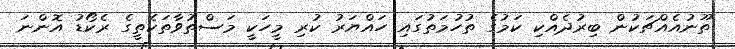
ތޫނުއެއްޗަކުން ބިރުދެއްކި ކަމުގެ ތުހުމަތުގައި ހައްޔަރު ކުރި މީހަކީ މަސްތުވާތަކެތީގެ ރެކޯޑު އޮންނަ